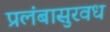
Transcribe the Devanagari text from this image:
प्रलंबासुरवध